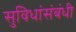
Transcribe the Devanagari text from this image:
सुविधांसंबंधी